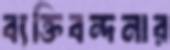
ব্যক্তিবন্দনার